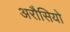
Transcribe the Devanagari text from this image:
अरौसियो